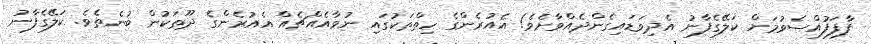
ފާފަފުއްސެވުމަށް ކަލޭގެފާނު އެދިވަޑައިގެންދެއްވާށެވެ! އެއުރެންގެ ހިތްތަކުގައި ނުވާއެއްޗެއް އެއުރެންގެ ދޫތަކުން ބުނެތެވެ. ކަލޭގެފާނު